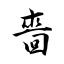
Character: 嗇